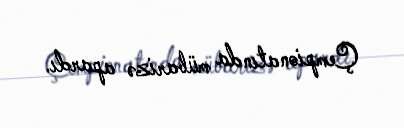
Çempionatında mübarizə apardı.